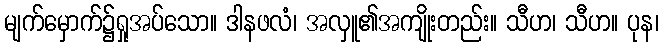
မျက်မှောက်၌ရှုအပ်သော။ ဒါနဖလံ၊ အလှူ၏အကျိုးတည်း။ သီဟ၊ သီဟ။ ပုန၊